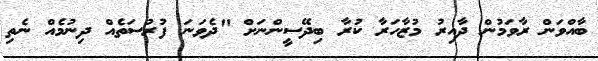
ބާއްވަން ރާވަމުން ދާއިރު މުޒާހަރާ ކުރާ ބިދޭސީންނަށް "ދެވަނަ ފުރުސަތެއް ދިނުމެއް ނެތި